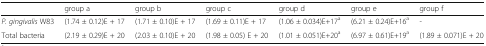
<table><thead><tr><td></td><td><b>group a</b></td><td><b>group b</b></td><td><b>group c</b></td><td><b>group d</b></td><td><b>group e</b></td><td><b>group f</b></td></tr></thead><tbody><tr><td><i>P. gingivalis</i> W83</td><td>(1.74 ± 0.12)E + 17</td><td>(1.71 ± 0.10)E + 17</td><td>(1.69 ± 0.11)E + 17</td><td>(1.06 ± 0.034)E+17<sup>a</sup></td><td>(6.21 ± 0.24)E+16<sup>a</sup></td><td>-</td></tr><tr><td>Total bacteria</td><td>(2.19 ± 0.29)E + 20</td><td>(2.03 ± 0.10)E + 20</td><td>(1.98 ± 0.05) E + 20</td><td>(1.01 ± 0.051)E+20<sup>a</sup></td><td>(6.97 ± 0.61)E+19<sup>a</sup></td><td>(1.89 ± 0.071)E + 20</td></tr></tbody></table>